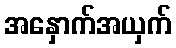
အနှောက်အယှက်